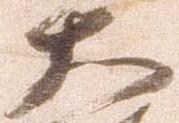
大